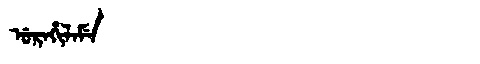
Manchu: ᡠᡵᠠᡥᡳᠯᠠᠮᡝ
Romanization: URAHILAME